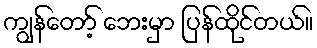
ကျွန်တော့် ဘေးမှာ ပြန်ထိုင်တယ်။